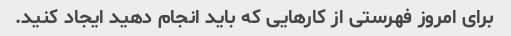
برای امروز فهرستی از کارهایی که باید انجام دهید ایجاد کنید.